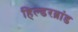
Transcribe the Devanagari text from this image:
हिल्डरब्रांड